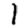
Digit: 1